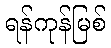
ရန်ကုန်မြစ်